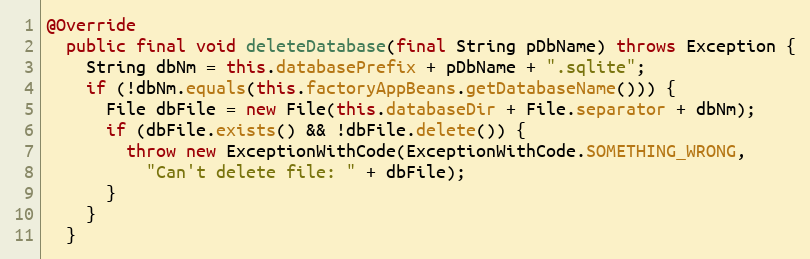
Language: Java
@Override
  public final void deleteDatabase(final String pDbName) throws Exception {
    String dbNm = this.databasePrefix + pDbName + ".sqlite";
    if (!dbNm.equals(this.factoryAppBeans.getDatabaseName())) {
      File dbFile = new File(this.databaseDir + File.separator + dbNm);
      if (dbFile.exists() && !dbFile.delete()) {
        throw new ExceptionWithCode(ExceptionWithCode.SOMETHING_WRONG,
          "Can't delete file: " + dbFile);
      }
    }
  }